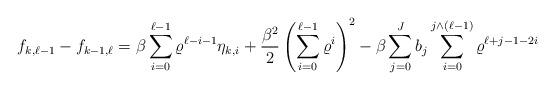
LaTeX: \begin{align*} f_{k,\ell-1} - f_{k-1,\ell} = \beta \sum_{i=0}^{\ell-1} \varrho^{\ell-i-1} \eta_{k,i} + \frac{\beta^2}{2} \left( \sum_{i=0}^{\ell-1} \varrho^i \right)^2 - \beta \sum_{j=0}^{J} b_j \sum_{i=0}^{j \wedge (\ell - 1)} \varrho^{\ell+j-1-2i} \end{align*}